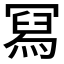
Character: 冩